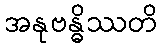
အနုဗန္ဓိဿတိ